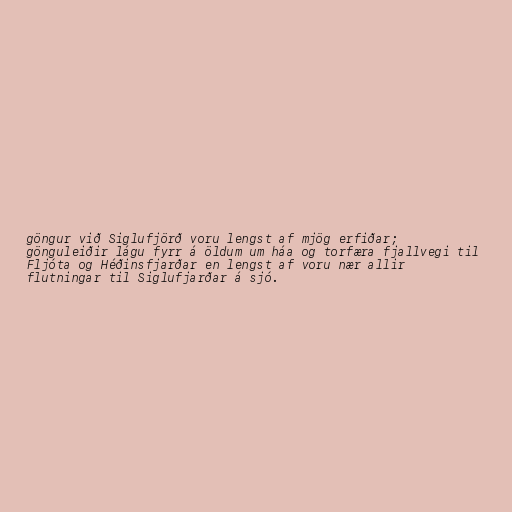
göngur við Siglufjörð voru lengst af mjög erfiðar;
gönguleiðir lágu fyrr á öldum um háa og torfæra fjallvegi til
Fljóta og Héðinsfjarðar en lengst af voru nær allir
flutningar til Siglufjarðar á sjó.